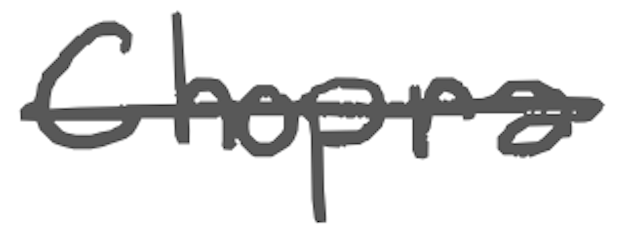
Text: Chopra
Cross-out: single-line
Writing tool: digital_gray